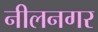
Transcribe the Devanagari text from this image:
नीलनगर